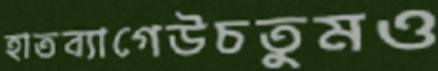
হাতব্যাগেউচতুমও